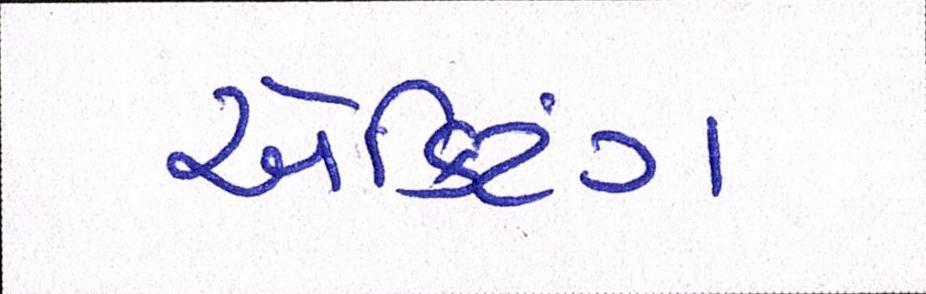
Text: ઍક્ટિંગ